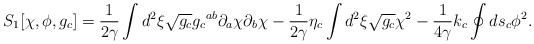
\begin{align*}{S_1}[\chi,\phi,{g_c}]={1\over{2\gamma}}\int{d^2}\xi\sqrt{g_c}{{g_c}^{ab}}{\partial_a}\chi{\partial_b}\chi-{1\over{2\gamma}}{\eta_c}\int{d^2}\xi\sqrt{g_c}{\chi^2}-{1\over{4\gamma}}{k_c}\oint{d}{s_c}{\phi^2}.\end{align*}